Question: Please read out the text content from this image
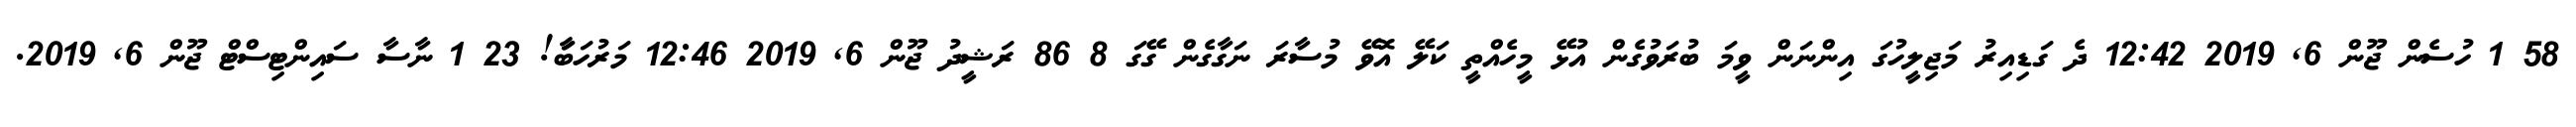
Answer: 58 1 ހުސެން ޖޫން 6, 2019 12:42 ދެ ގަޑިއިރު މަޖިލީހުގަ އިންނަން ވީމަ ބުރަވުގެން އުޅޭ މީހެއްތީ ކަލޭ އޮވޭ މުސާރަ ނަގާގެން ގޭގަ 8 86 ރަޝީދު ޖޫން 6, 2019 12:46 މަރުހަބާަ! 23 1 ނާސާ ސައިންޓިސްޓް ޖޫން 6, 2019.